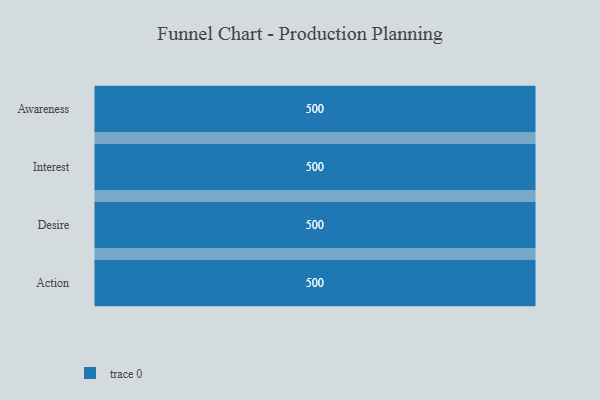
{"axis": {"x": "Stage", "y": "Value"}, "legend": [""], "data": [{"x": "Awareness", "y": 500, "type": ""}, {"x": "Interest", "y": 500, "type": ""}, {"x": "Desire", "y": 500, "type": ""}, {"x": "Action", "y": 500, "type": ""}]}